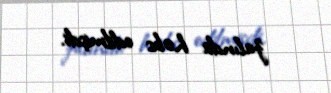
zalında həbs edilmişdi.